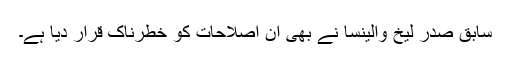
سابق صدر لیخ والینسا نے بھی ان اصلاحات کو خطرناک قرار دیا ہے۔